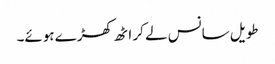
طویل سانس لے کر اٹھ کھڑے ہوئے۔